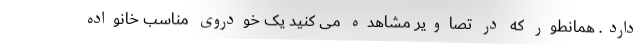
دارد. همانطور که در تصاویر مشاهده می کنید یک خودروی مناسب خانواده